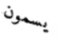
يسمون